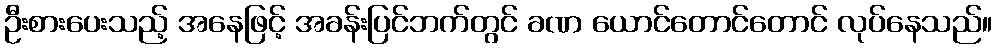
ဦးစားပေးသည့် အနေဖြင့် အခန်းပြင်ဘက်တွင် ခဏ ယောင်တောင်တောင် လုပ်နေသည်။